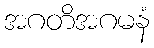
အဂတိအဂမနံ